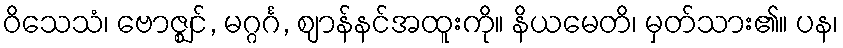
ဝိသေသံ၊ ဗောဇ္ဈင်, မဂ္ဂင်္ဂ, ဈာန်နင်အထူးကို။ နိယမေတိ၊ မှတ်သား၏။ ပန၊